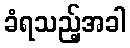
ခံရသည့်အခါ